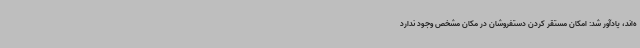
ه‌اند، یادآور شد: امکان مستقر کردن دستفروشان در مکان مشخص وجود ندارد